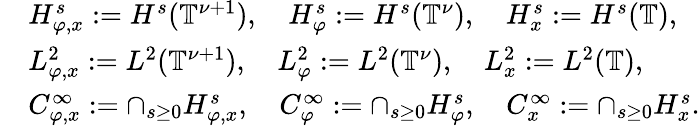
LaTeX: \begin{array}{rl}&{H_{\varphi,x}^{s}:=H^{s}(\mathbb{T}^{\nu+1}),\quad H_{\varphi}^{s}:=H^{s}(\mathbb{T}^{\nu}),\quad H_{x}^{s}:=H^{s}(\mathbb{T}),}\\ &{L_{\varphi,x}^{2}:=L^{2}(\mathbb{T}^{\nu+1}),\quad L_{\varphi}^{2}:=L^{2}(\mathbb{T}^{\nu}),\quad L_{x}^{2}:=L^{2}(\mathbb{T}),}\\ &{C_{\varphi,x}^{\infty}:=\cap_{s\ge 0}H_{\varphi,x}^{s},\quad C_{\varphi}^{\infty}:=\cap_{s\ge 0}H_{\varphi}^{s},\quad C_{x}^{\infty}:=\cap_{s\ge 0}H_{x}^{s}.}\end{array}